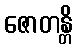
ဇောတန္တိ